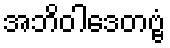
အဘိဝါဒေတဗ္ဗံ